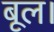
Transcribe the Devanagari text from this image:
बूल।